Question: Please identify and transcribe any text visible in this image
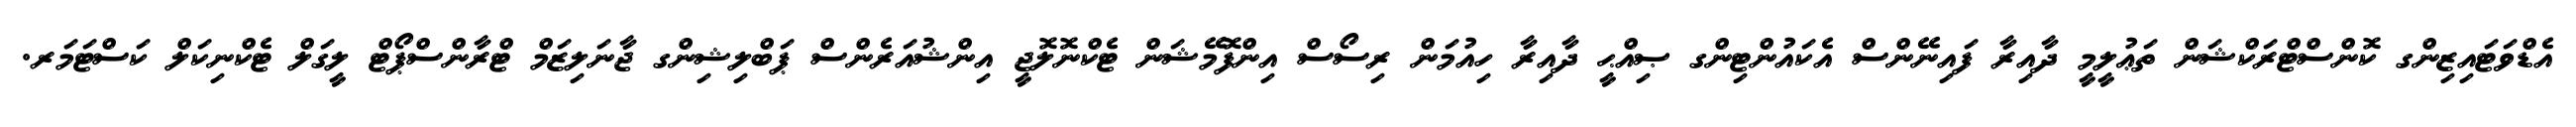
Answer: އެޑްވަޓައިޒިންގ ކޮންސްޓްރަކްޝަން ތަޢުލީމީ ދާއިރާ ފައިނޭންސް އެކައުންޓިންގ ޞިއްޙީ ދާއިރާ ހިއުމަން ރިސޯސް އިންފޮމޭޝަން ޓެކްނޮލޮޖީ އިންޝުއަރެންސް ޕަބްލިޝިންގ ޖާނަލިޒަމް ޓްރާންސްޕޯޓް ލީގަލް ޓެކްނިކަލް ކަސްޓަމަރ.